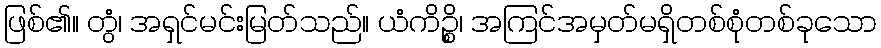
ဖြစ်၏။ တွံ၊ အရှင်မင်းမြတ်သည်။ ယံကိဉ္စိ၊ အကြင်အမှတ်မရှိတစ်စုံတစ်ခုသော